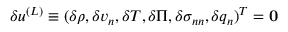
\delta \boldsymbol { u } ^ { ( L ) } \equiv ( \delta \rho , \delta v _ { n } , \delta T , \delta \Pi , \delta \sigma _ { n n } , \delta q _ { n } ) ^ { T } = { \bf { 0 } }